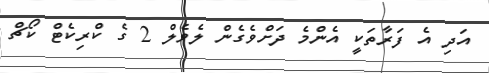
އަދި އެ ފަރާތަކީ އެންމެ ދަށްވެގެން ލެވެލް 2 ގެ ކްރިކެޓް ކޯޗް